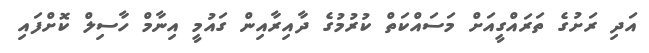
އަދި ރަށުގެ ތަރައްގީއަށް މަސައްކަތް ކުރުމުގެ ދާއިރާއިން ގައުމީ އިނާމް ހާސިލް ކޮށްފައި